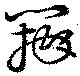
瓣